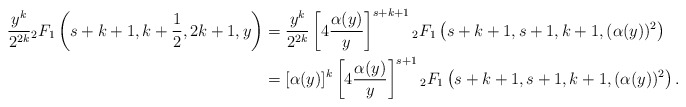
\begin{align*}\frac{y^k}{2^{2k}} {}_2F_1\left(s+k+1, k+\frac{1}{2}, 2k+1, y\right) & = \frac{y^k}{2^{2k}} \left[4\frac{\alpha(y)}{y}\right]^{s+k+1} {}_2F_1\left(s+k+1, s+1, k+1 , (\alpha(y))^2\right)\\& = [\alpha(y)]^k\left[4\frac{\alpha(y)}{y}\right]^{s+1} {}_2F_1\left(s+k+1, s+1, k+1 , (\alpha(y))^2\right).\end{align*}